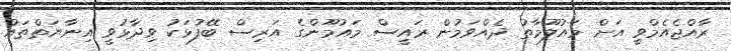
ރާއްޖެއެމްވީ އަށް މައުލޫމާތު ދެއްވަމުން ރައީސް މައުމޫންގެ އަރިސް ބޭފުޅަކު ވިދާޅުވީ އިނާޔަތްތައް